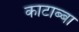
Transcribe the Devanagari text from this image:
काटाब्बा